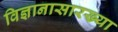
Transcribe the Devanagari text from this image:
विज्ञानासारख्या